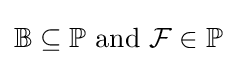
\mathbb {B} \subseteq \mathbb {P} {\text{ and }}{\mathcal {F}}\in \mathbb {P}